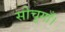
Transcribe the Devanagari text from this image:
सोचूगाँ।